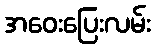
အဝေးပြေးလမ်း